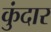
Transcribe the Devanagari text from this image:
कुंदार